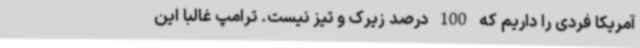
آمریکا فردی را داریم که 100 درصد زیرک و تیز نیست. ترامپ غالبا این